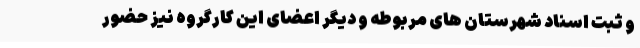
و ثبت اسناد شهرستان های مربوطه و دیگر اعضای این کارگروه نیز حضور